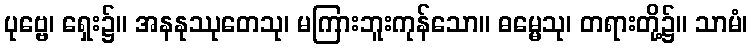
ပုဗ္ဗေ၊ ရှေး၌။ အနနုဿုတေသု၊ မကြားဘူးကုန်သော။ ဓမ္မေသု၊ တရားတို့၌။ သာမံ၊